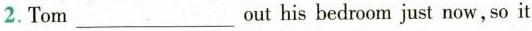
2. Tom ___ out his bedroom just now, so it